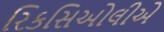
રિકસિઓલીએ